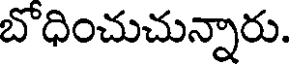
బొధించుచున్నారు.